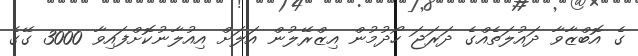
ގެ އޮބްޒާވާ ދައުލަތެއްގެ ދަރަޖަ ހޯދުމުން އިޒްރޭލުން އަލަށް އިއުލާނުކޮށްފައިވާ 3000 ގޭގެ